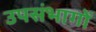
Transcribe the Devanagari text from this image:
उपसंभागों